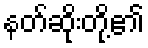
နတ်ဆိုးတို့၏